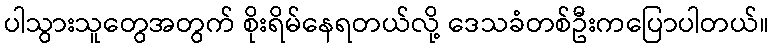
ပါသွားသူတွေအတွက် စိုးရိမ်နေရတယ်လို့ ဒေသခံတစ်ဦးကပြောပါတယ်။